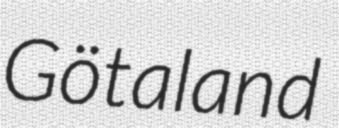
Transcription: Götaland